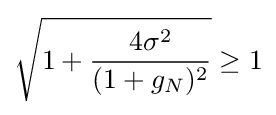
{\sqrt {1+{\frac {4\sigma ^{2}}{(1+g_{N})^{2}}}}}\geq 1